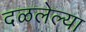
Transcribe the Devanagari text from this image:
दळलेल्या